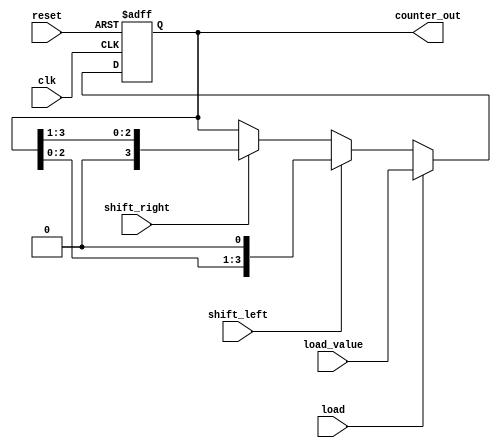
module async_shift_counter (
    input wire clk,
    input wire reset,
    input wire load,
    input wire [N-1:0] load_value,  // Value to load into the counter
    input wire shift_left,
    input wire shift_right,
    output reg [N-1:0] counter_out
);
    parameter N = 4;  // Define the number of bits in the counter

    always @(posedge clk or posedge reset) begin
        if (reset) begin
            // Asynchronous reset to zero
            counter_out <= 0;
        end else if (load) begin
            // Load the preset value
            counter_out <= load_value;
        end else if (shift_left) begin
            // Shift left: Append 0 at LSB
            counter_out <= {counter_out[N-2:0], 1'b0};
        end else if (shift_right) begin
            // Shift right: Append 0 at MSB
            counter_out <= {1'b0, counter_out[N-1:1]};
        end
        // If no operation, maintain current value
    end

endmodule